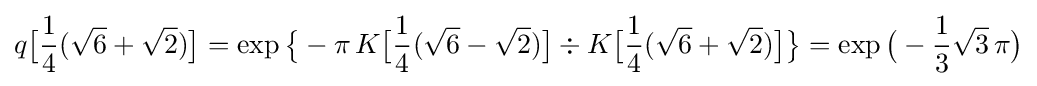
q{\bigl [}{\frac {1}{4}}({\sqrt {6}}+{\sqrt {2}}){\bigr ]}=\exp {\bigl \{}-\pi \,K{\bigl [}{\frac {1}{4}}({\sqrt {6}}-{\sqrt {2}}){\bigr ]}\div K{\bigl [}{\frac {1}{4}}({\sqrt {6}}+{\sqrt {2}}){\bigr ]}{\bigr \}}=\exp {\bigl (}-{\frac {1}{3}}{\sqrt {3}}\,\pi {\bigr )}